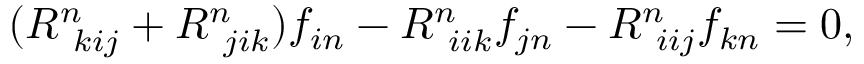
( R _ { ~ k i j } ^ { n } + R _ { ~ j i k } ^ { n } ) f _ { i n } - R _ { ~ i i k } ^ { n } f _ { j n } - R _ { ~ i i j } ^ { n } f _ { k n } = 0 ,